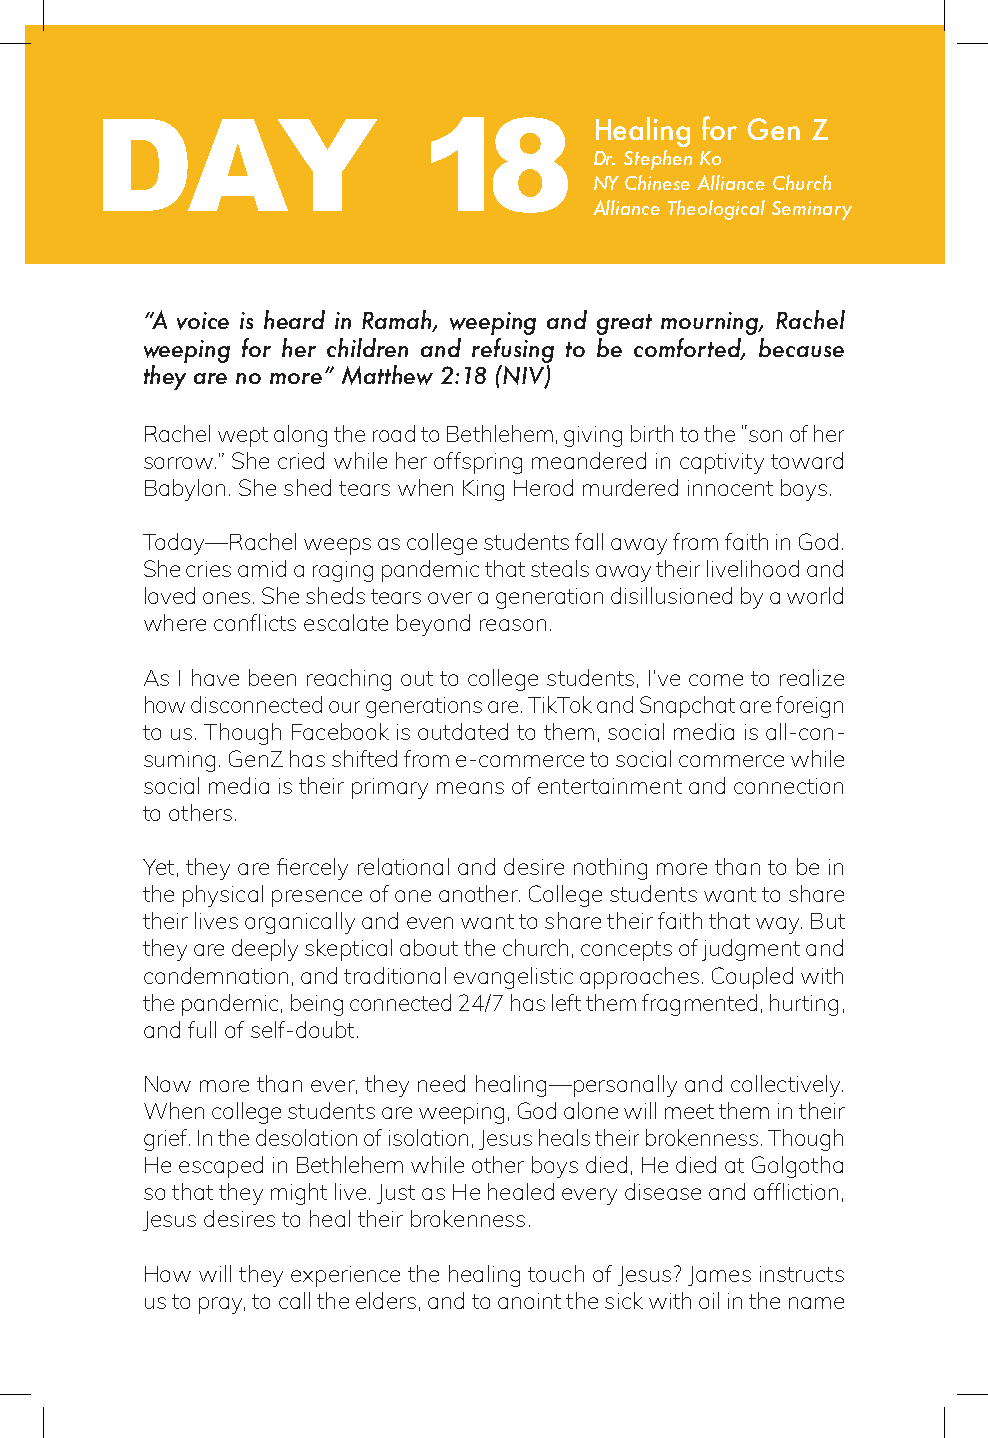
DAY                   18         Healing for Gen Z
 Dr. Stephen Ko
 NY Chinese Alliance Church
 Alliance Theological Seminary
 “A voice is heard in Ramah, weeping and great mourning, Rachel
 weeping for her children and refusing to be comforted, because
 they are no more” Matthew 2:18 (NIV)
 Rachel wept along the road to Bethlehem, giving birth to the “son of her
 sorrow.” She cried while her offspring meandered in captivity toward
 Babylon. She shed tears when King Herod murdered innocent boys.
 Today—Rachel weeps as college students fall away from faith in God.
 She cries amid a raging pandemic that steals away their livelihood and
 loved ones. She sheds tears over a generation disillusioned by a world
 where conflicts escalate beyond reason.
 As I have been reaching out to college students, I’ve come to realize
 how disconnected our generations are. TikTok and Snapchat are foreign
 to us. Though Facebook is outdated to them, social media is all-con-
 suming. GenZ has shifted from e-commerce to social commerce while
 social media is their primary means of entertainment and connection
 to others.
 Yet, they are fiercely relational and desire nothing more than to be in
 the physical presence of one another. College students want to share
 their lives organically and even want to share their faith that way. But
 they are deeply skeptical about the church, concepts of judgment and
 condemnation, and traditional evangelistic approaches. Coupled with
 the pandemic, being connected 24/7 has left them fragmented, hurting,
 and full of self-doubt.
 Now more than ever, they need healing—personally and collectively.
 When college students are weeping, God alone will meet them in their
 grief. In the desolation of isolation, Jesus heals their brokenness. Though
 He escaped in Bethlehem while other boys died, He died at Golgotha
 so that they might live. Just as He healed every disease and affliction,
 Jesus desires to heal their brokenness.
 How will they experience the healing touch of Jesus? James instructs
 us to pray, to call the elders, and to anoint the sick with oil in the name